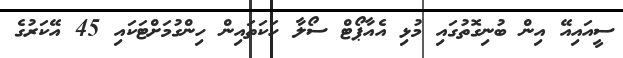
ސީއައިއޭ އިން ބުނިގޮތުގައި މުޅި އެއާޕޯޓް ސޯލާ ހަކަތައިން ހިންގުމަށްޓަކައި 45 އޭކަރުގެ